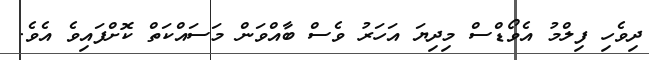
ދިވެހި ފިލްމު އެވޯޑްސް މިދިޔަ އަހަރު ވެސް ބާއްވަން މަސައްކަތް ކޮށްފައިވެ އެވެ.